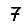
Digit: 7